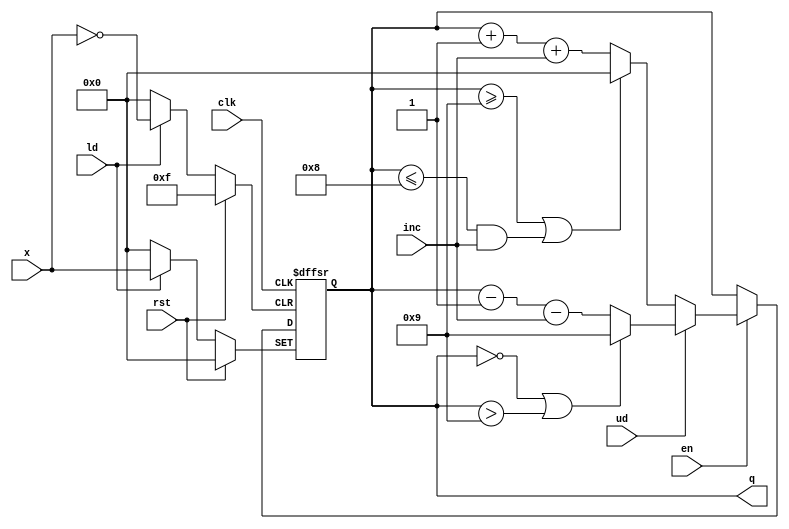

`timescale 1ns/1ns

module counter_n(q, clk, rst, en, ud, inc, ld, x);
parameter n = 4;
parameter m = 10;
parameter rstV = {n{1'b0}};

input clk, rst, en, ud, inc, ld;
input [n-1:0] x;

output reg [n-1:0] q;

always @ (posedge clk or posedge rst or posedge ld) begin
	if (ld) begin
			q <= x;
	end
	else if (rst) begin
		q <= rstV;
	end
	else if (en) begin
		 if(ud) begin
			if(q == 0 || q > m-1) begin
				q <= m-1;
			end
			else begin
				q <= q - {{n-1{1'b0}},1'b1} - inc;
			end
		end
		else if (q >= m-1 || (q <= m-2 && inc)) begin
			q <= {n{1'b0}};
		end
		else begin
			q <= q + {{n-1{1'b0}}, 1'b1} + inc;
		end
	end
end
endmodule